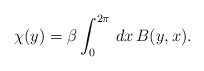
\begin{align*}\chi (y)=\beta\int_0^{2\pi}\,dx\, B(y,x).\end{align*}